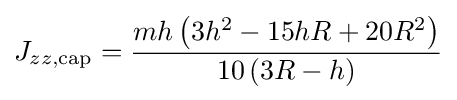
J_{zz,{\text{cap}}}={\frac {mh\left(3h^{2}-15hR+20R^{2}\right)}{10\left(3R-h\right)}}